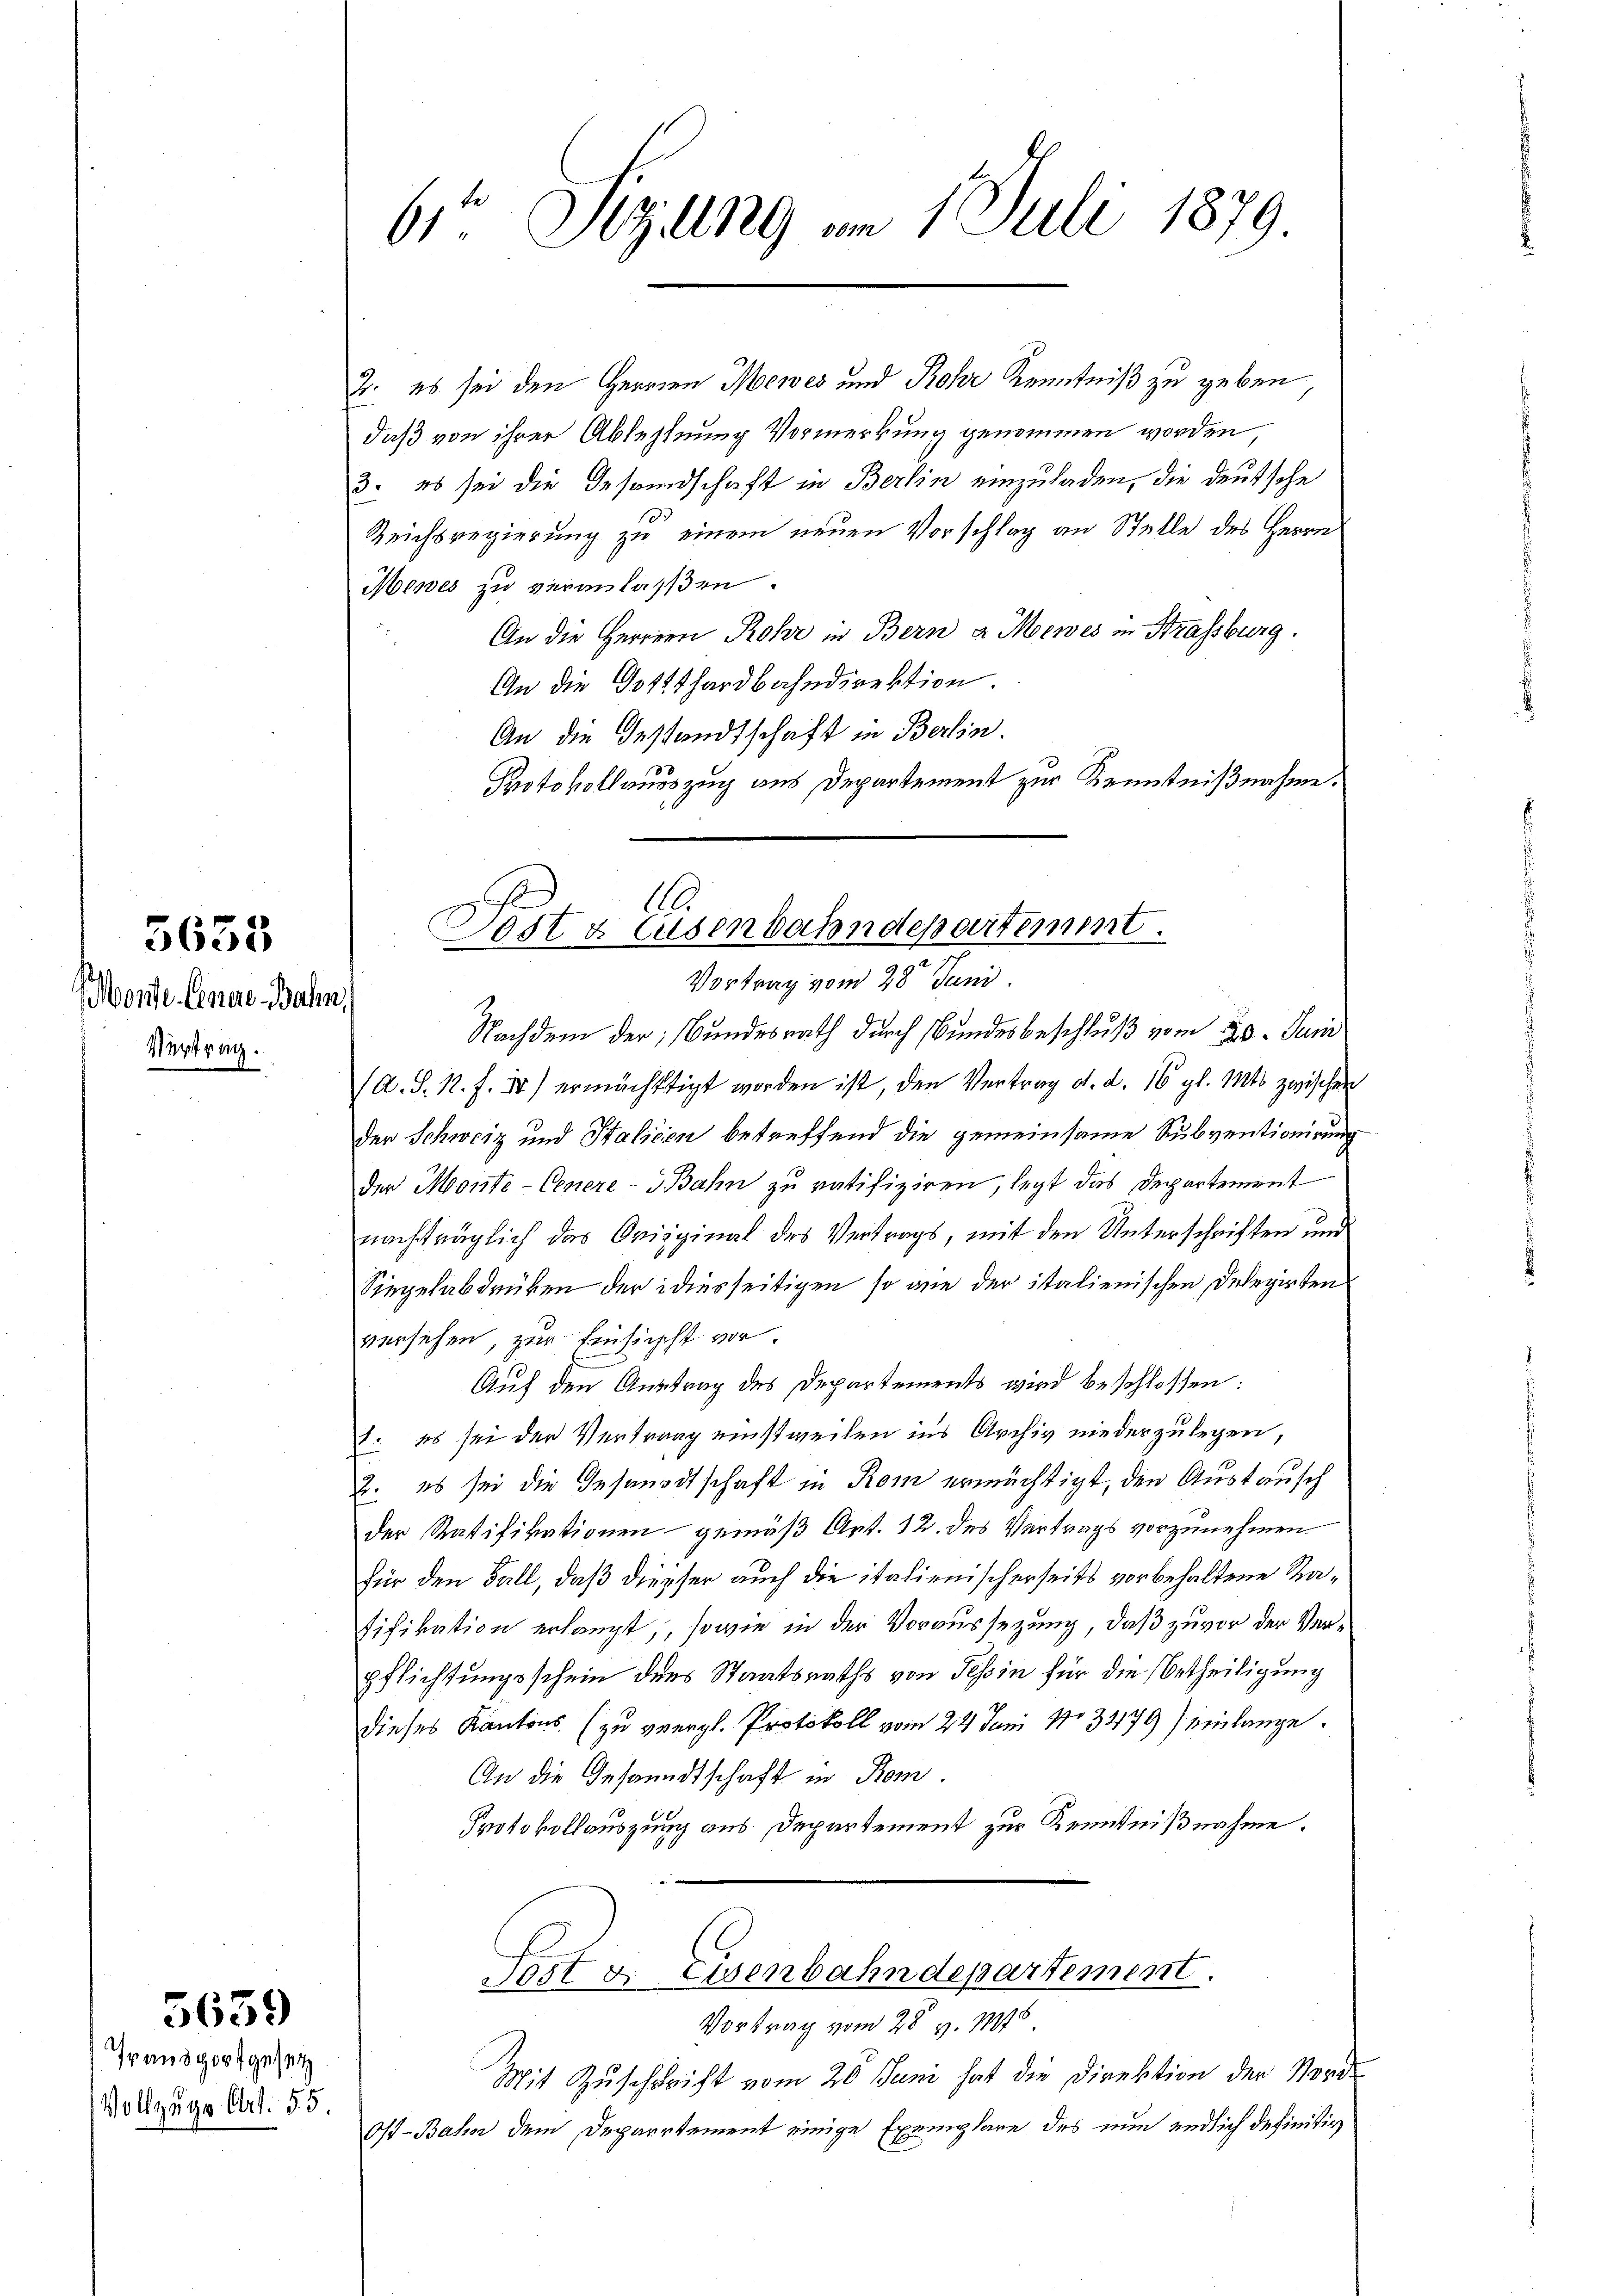
3635

Monte. Einere Bahn,
Vertrag

5639

Prandorf gesetz
Vollzuge Art. 55

6t Sizung am 1. Juli 1879

2. es sei den Herren Menes und Rohr Kenntniß zu geben
daß von ihrer Ablehnung Vormerkung genommen worden
3. es sei die Gesandschaft in Berlin einzuladen, die deutsche
Reichsregierung zu einem neuen Vorschlag an Stelle des Herrn
Mewes zu veranlassen.
An die Herren Rohr in Bern a. Moewes in Strassburg.
An die Gotthardbahndirektion
An die Gestandtschaft in Berlin.
Protokollausszug aus Departement zur Kenntnißnahme.

1
Post & Eisenbahndepartement.
.
Vortrag vom 28. Juni.

Nachdem der Bundesrath durch Bundesbeschluß vom 20. Juni
A. S. R. F. II) ermächtigt worden ist, den Vertrag d. d. 16 gl. Mts. zwischen
der Schweiz und Stalicien betreffend die gemeinsame Subventionirung
der Monte-Conere - Bahn zu ratifiziren, legt das Departement
nachträglich das Original des Vertrags, mit den Unterschriften und
Siegelabdrüken der diesseitigen so wie der italienischen Delegirten
versehen, zur Einsicht vor
Auf den Austrag des Departements wird beschlossen:
1. es sei der Vertrag einstweilen ins Archiv niederzulegen,
2. es sei die Gesandtschaft in Rom ermächtigt, den Austausch
der Ratifikationen gemäß Art. 12. des Vertrags vorzunehmen
für den Fall, daß diesser auch die italienischerseits vorbehaltene Katifikation erlangt, sowie in der Voraussezung, daß zuvor der Verpflichtungsschein des Staatsraths von Tessin für die Betheiligung
dieses Kantons (zu vergl. Protokoll vom 22. Juni No 3479) einlange
An die Gesandtschaft in Rom.
Protokollauszung aus Departement zur Kenntnißnahme.
Ert & Eisenbahndepartement.
Vortrag vom 28. v. 1891
Mit Zuschrift vom 20 Juni hat die Direktion der Nord¬
Ost-Bahn dem Departement einige Exemplare des nun endlich definitiv